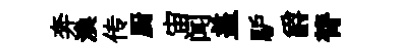
奔渙传厨宙闻盖馿爵膂